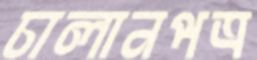
চালানপত্র